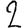
Digit: 2